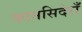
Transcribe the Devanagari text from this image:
कानसिदेराँ